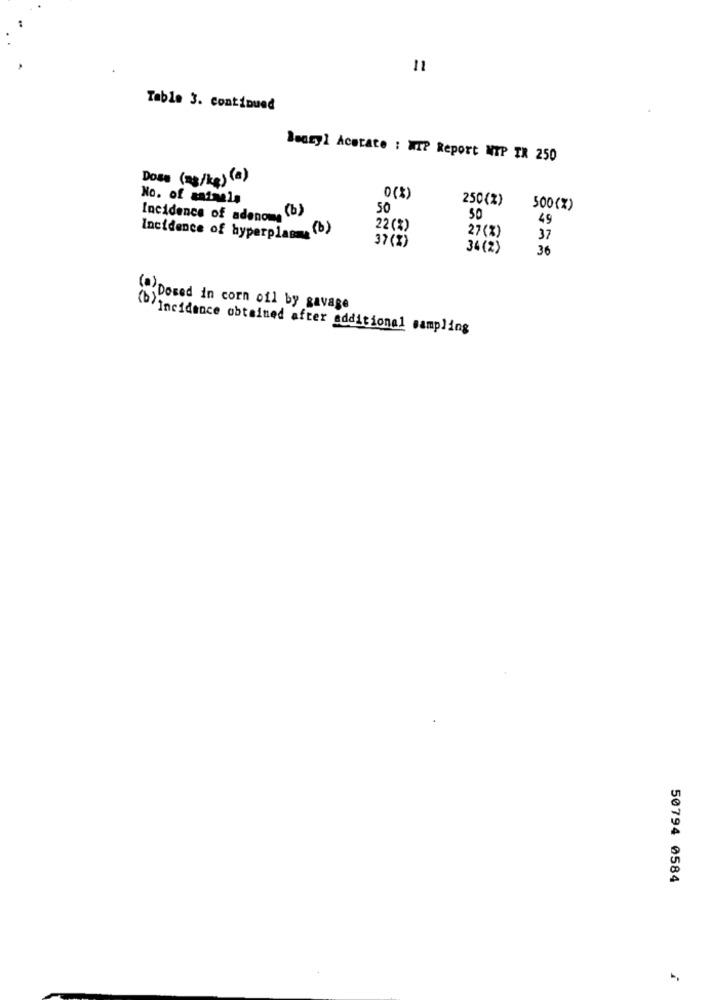
11
Table 3. continued
lauryl Acetate : MTP Report NTP TR 250
Dose (mg/kg) (a)
No. of animals
0 (%)
250(%)
50
500(%)
Incidence of adenome (b)
50
49
22(%)
Incidence of hyperplasms (b)
27(%)
37
37(%)
34(2)
36
Dosed in corn oil by gavage
(b) Incidence obtained after additional sampling
50794 0584